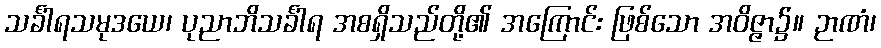
သင်္ခါရသမုဒယေ၊ ပုညာဘိသင်္ခါရ အစရှိသည်တို့၏ အကြောင်း ဖြစ်သော အဝိဇ္ဇာ၌။ ဉာဏံ၊